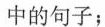
中的句子;